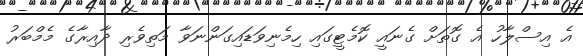
އެ އިސްލާހު އެ ގޮތަށް ގެނައީ ކޮމެޓީގައި ހިމެނިވަޑައިގަންނަވާ މަތިވެރި ދާއިރާގެ މެމްބަރު